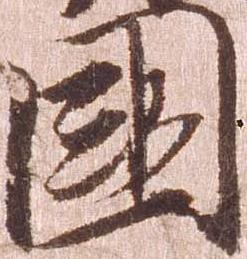
国